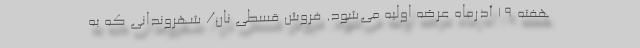
هفته ۱۹ آذرماه عرضه اولیه می‌شود. فروش قسطی نان/ شهروندانی که به